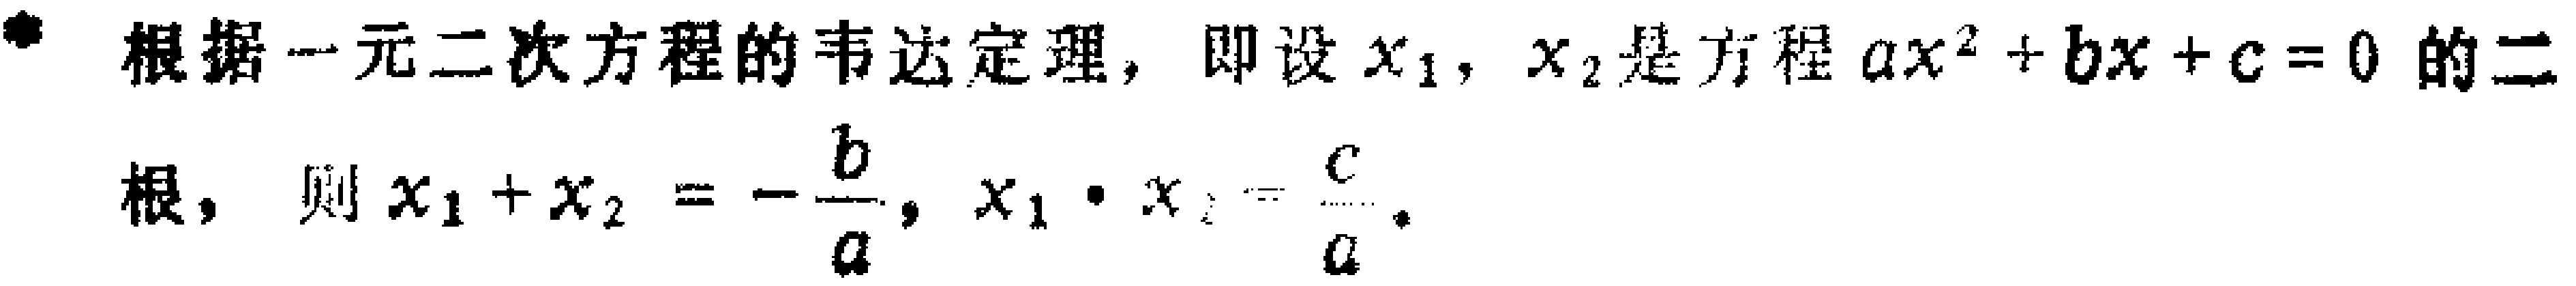
根据一元二次方程的韦达定理，即设\(x_1\)，\(x_2\)是方程\(ax^{2}+bx + c = 0\)的二根，则\(x_1 + x_2 = -\frac{b}{a}\)，\(x_1\cdot x_2=\frac{c}{a}\)。